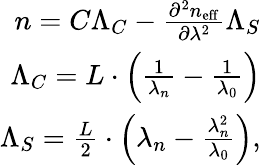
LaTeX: \begin{array}{r}{n=C\Lambda_{C}-\frac{\partial^{2}n_{\mathrm{eff}}}{\partial\lambda^{2}}\Lambda_{S}}\\ {\Lambda_{C}=L\cdot\left(\frac{1}{\lambda_{n}}-\frac{1}{\lambda_{0}}\right)}\\ {\Lambda_{S}=\frac{L}{2}\cdot\left(\lambda_{n}-\frac{\lambda_{n}^{2}}{\lambda_{0}}\right),}\end{array}